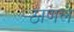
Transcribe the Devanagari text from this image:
ठाणले